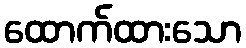
ထောက်ထားသော